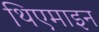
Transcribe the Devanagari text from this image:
थिएमाइन